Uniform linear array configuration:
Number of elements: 64
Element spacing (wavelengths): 0.5
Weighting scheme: blackman
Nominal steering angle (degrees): -45
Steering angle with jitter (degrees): -46.653
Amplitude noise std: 0.05
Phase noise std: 0.05

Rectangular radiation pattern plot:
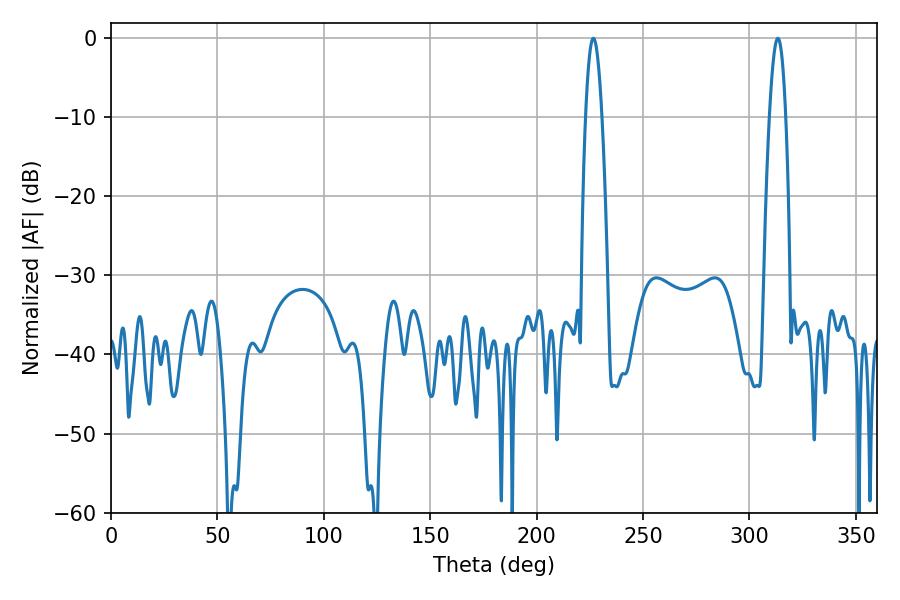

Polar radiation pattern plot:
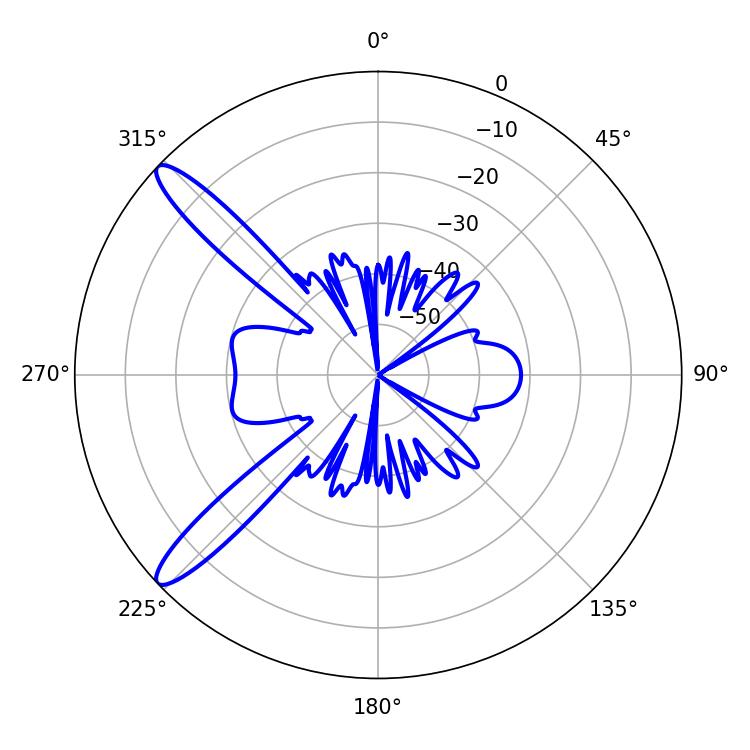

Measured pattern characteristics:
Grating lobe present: FALSE
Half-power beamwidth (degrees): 4.14
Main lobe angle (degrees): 226.62